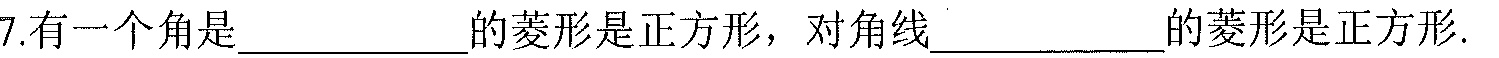
7.有一个角是\(\underline{\quad\quad}\)的菱形是正方形，对角线\(\underline{\quad\quad}\)的菱形是正方形.